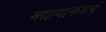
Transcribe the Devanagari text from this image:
माझ्याकडचं